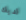
لديك